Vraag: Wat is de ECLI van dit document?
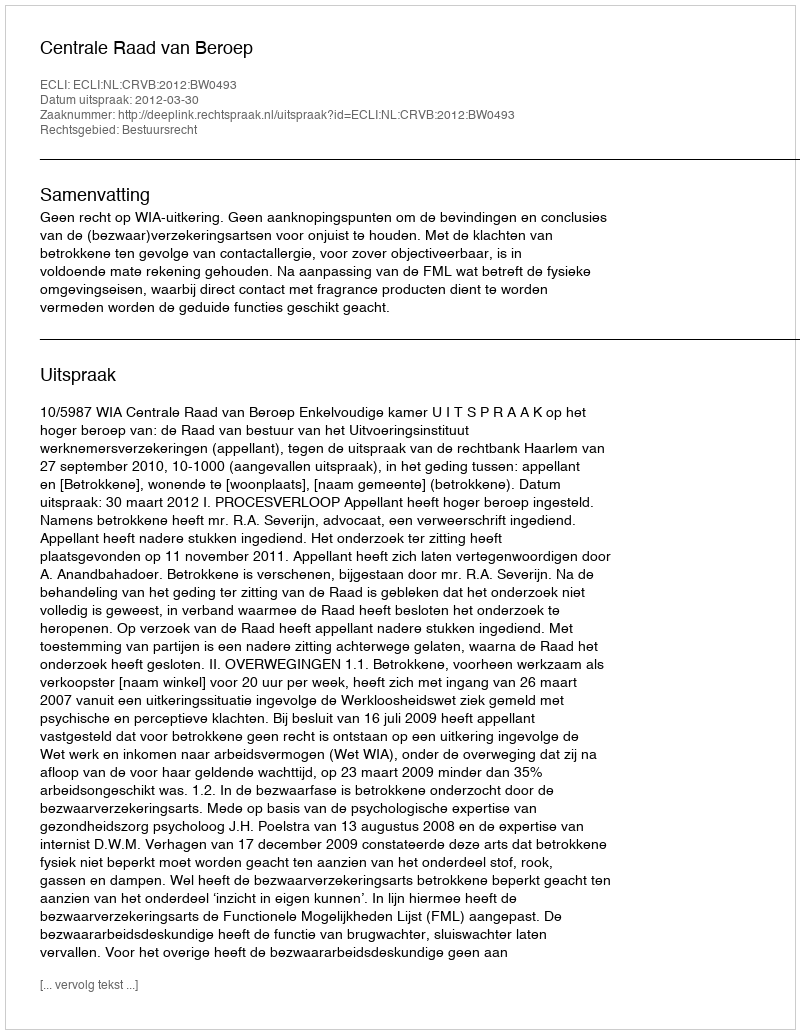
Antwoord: ECLI:NL:CRVB:2012:BW0493